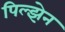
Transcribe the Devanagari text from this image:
पिल्झेन